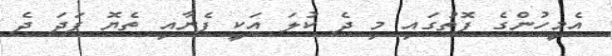
އެމީހުންގެ ފޮތުގައި މި ދެ ކުލަ އަކީ ފެނާއި ތެޔޮ ފަދަ ދެ